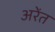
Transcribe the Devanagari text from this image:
अरेंत